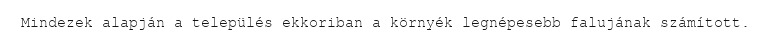
Mindezek alapján a település ekkoriban a környék legnépesebb falujának számított.